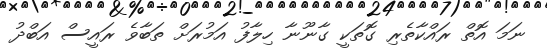
ނަމަ އޮތް ރައްކާތެރި ގޮތަކީ ގާނޫނާ ހިލާފު އަމުރަށް ތަބާވެ ރައީސް އަބްދު